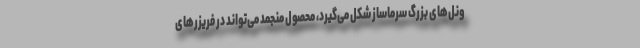
ونل‌های بزرگ سرماساز شکل می‌گیرد، محصول منجمد می‌تواند در فریزرهای